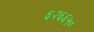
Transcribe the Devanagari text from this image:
६२६६५०